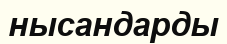
нысандарды